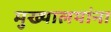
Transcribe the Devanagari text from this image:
मुख्यालयांना